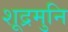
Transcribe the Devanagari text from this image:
शूद्रमुनि